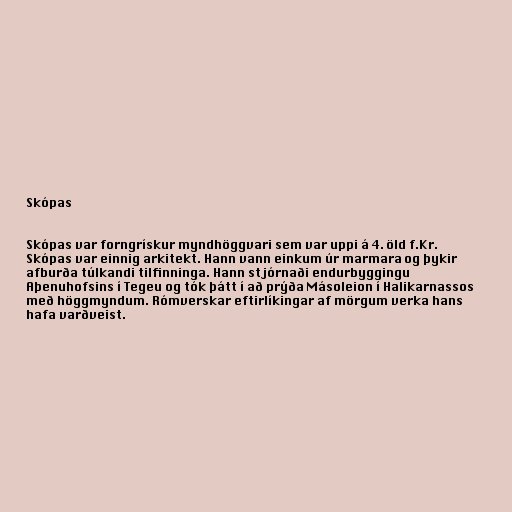
Skópas

Skópas var forngrískur myndhöggvari sem var uppi á 4. öld f.Kr.
Skópas var einnig arkitekt. Hann vann einkum úr marmara og þykir
afburða túlkandi tilfinninga. Hann stjórnaði endurbyggingu
Aþenuhofsins í Tegeu og tók þátt í að prýða Másoleion í Halikarnassos
með höggmyndum. Rómverskar eftirlíkingar af mörgum verka hans
hafa varðveist.